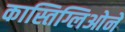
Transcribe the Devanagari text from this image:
कास्तिग्लिओने